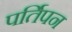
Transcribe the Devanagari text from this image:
पर्तिपन